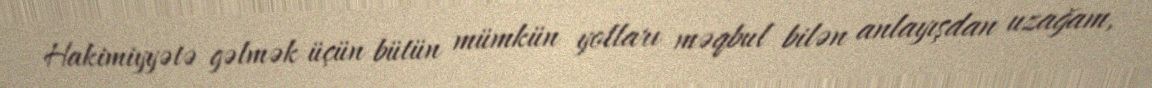
Hakimiyyətə gəlmək üçün bütün mümkün yolları məqbul bilən anlayışdan uzağam,